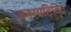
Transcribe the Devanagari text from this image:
वनस्पतिविद